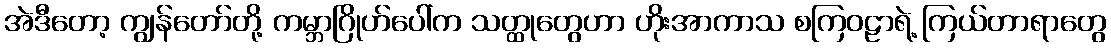
အဲဒီတော့ ကျွန်တော်တို့ ကမ္ဘာဂြိုဟ်ပေါ်က သတ္ထုတွေဟာ ဟိုးအာကာသ စကြဝဠာရဲ့ ကြယ်တာရာတွေ